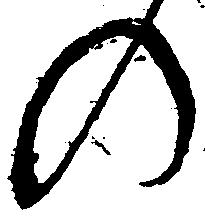
の